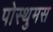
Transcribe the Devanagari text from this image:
पोस्थुमस